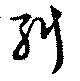
糾